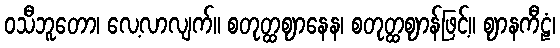
ဝသီဘူတော၊ လေ့လာလျက်။ စတုတ္ထဈာနေန၊ စတုတ္ထဈာန်ဖြင့်။ ဈာနကီဠံ၊